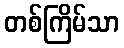
တစ်ကြိမ်သာ